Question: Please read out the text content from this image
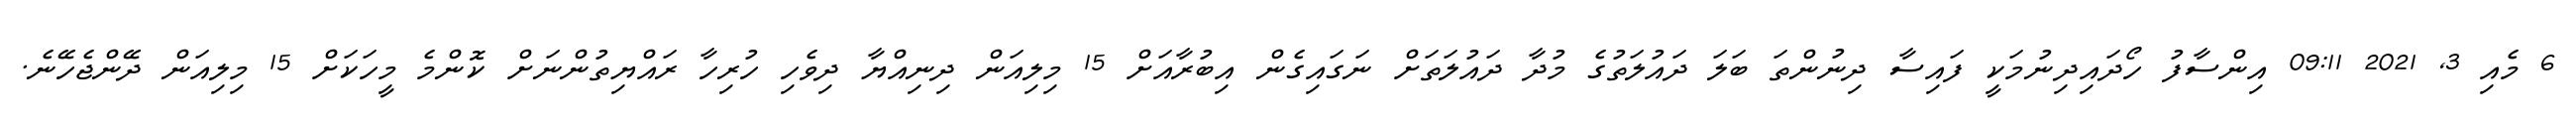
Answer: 6 މެއި 3, 2021 09:11 އިންސާފު ހޯދައިދިނުމަކީ ފައިސާ ދިނުންތަ ބަލަ ދައުލަތުގެ މުދާ ދައުލަތަށް ނަގައިގެން އިބުރާއަށް 15 މިލިއަން ދިނިއްޔާ ދިވެހި ހުރިހާ ރައްޔިތުންނަށް ކޮންމެ މީހަކަށް 15 މިލިއަން ދޭންޖެހޭނެ.